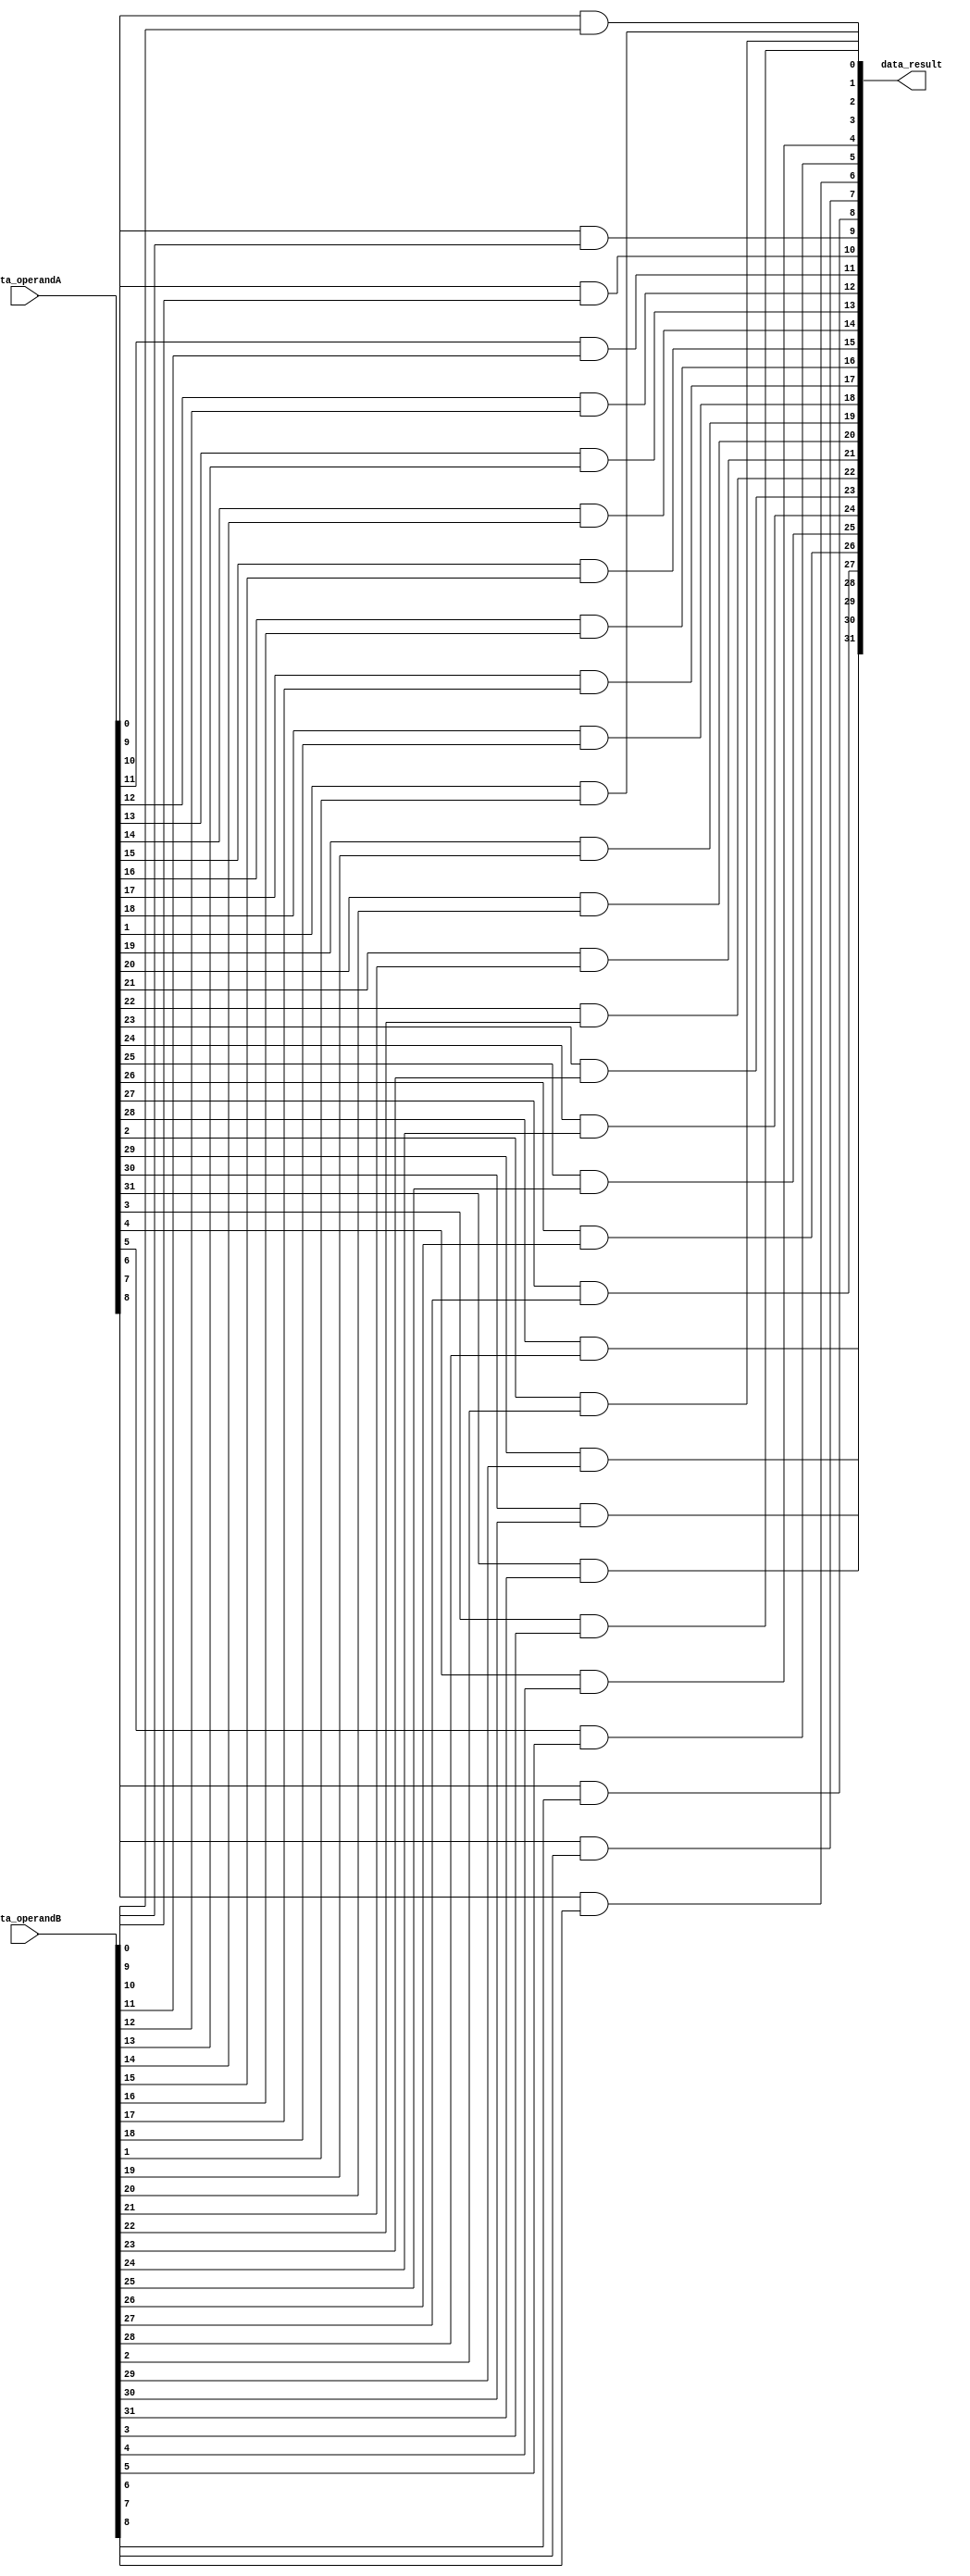
module and_gate(data_operandA, data_operandB, data_result);
	input [31:0] data_operandA, data_operandB;
	
	output [31:0] data_result;
	
	generate
		genvar i;
			for (i = 0; i < 32; i = i + 1) begin : and_operation
				and and_operation(data_result[i], data_operandA[i], data_operandB[i]);
			end
	endgenerate
endmodule